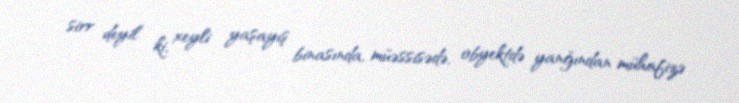
sirr deyil ki, xeyli yaşayış binasında, müəssisədə, obyektdə yanğından mühafizə